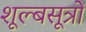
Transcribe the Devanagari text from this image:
शूल्बसूत्रों